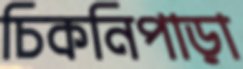
চিকনিপাড়া